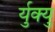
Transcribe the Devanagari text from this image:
र्युक्यु